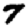
Digit: 7